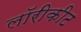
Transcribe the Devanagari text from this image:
लॉरीकीट